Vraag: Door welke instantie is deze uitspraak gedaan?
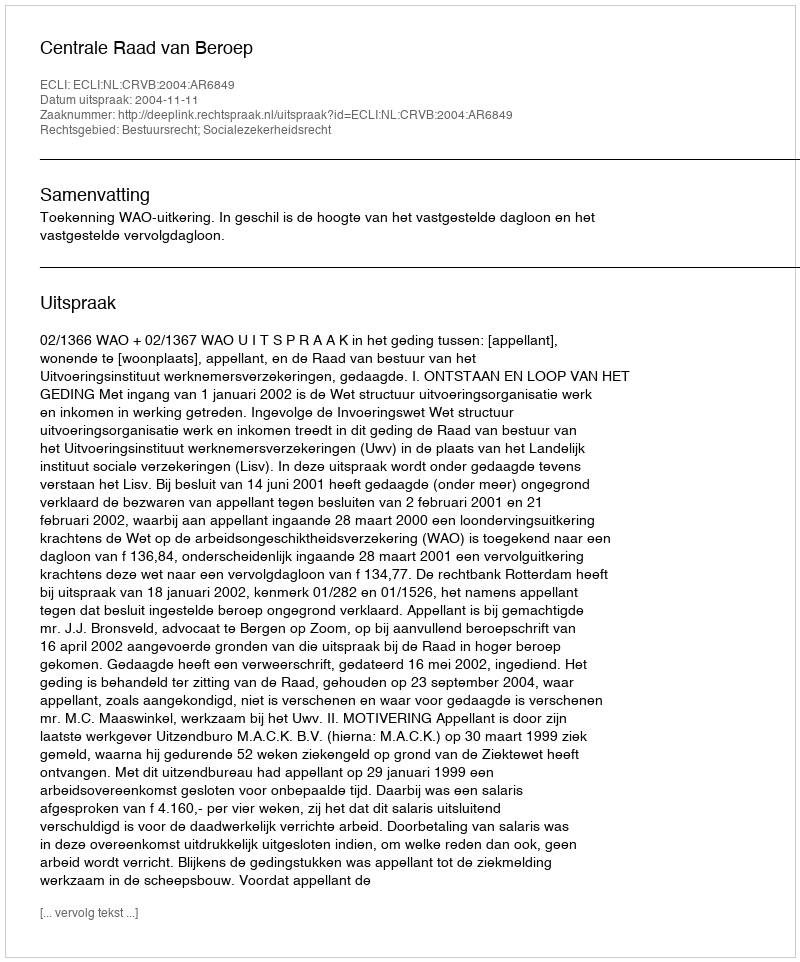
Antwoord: Centrale Raad van Beroep